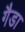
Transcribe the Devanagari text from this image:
गैडा